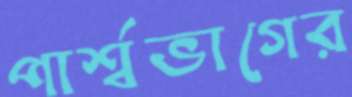
পার্শ্বভাগের